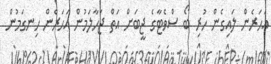
އަހަރެން ލައިގެން ހުރި ބޯ ސްވެޓާގެ ޖީބަށް އަތް ޖަހާލަމުން އަހަރެން ހިނގަމުން